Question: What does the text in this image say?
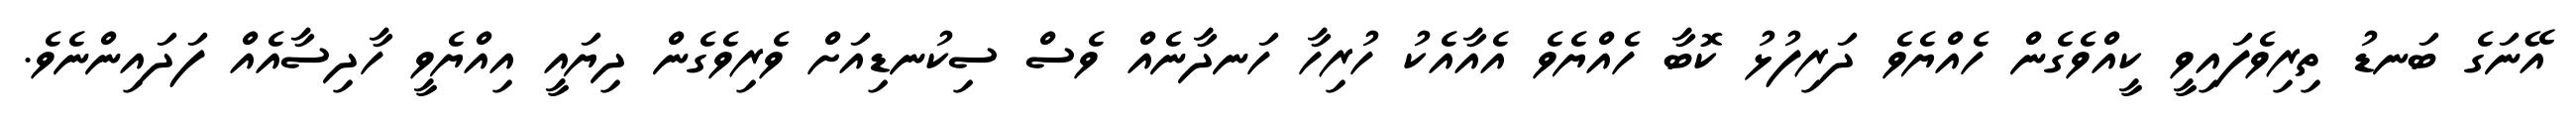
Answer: އޭނަގެ ބަނޑު ތިރިވެފައިވީ ކީއްވެގެން ހެއްޔެވެ ދަރިފުޅު ކޮބާ ހެއްޔެވެ އެއާއެކު ހުރިހާ ހަނދާނެއް ވެސް ސިކުނޑިއަށް ވެރިވެގެން ދިޔައީ އިއްޔެވީ ހާދިސާއެއް ފަދައިންނެވެ.